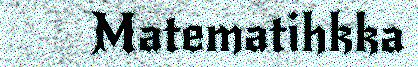
Matematihkka